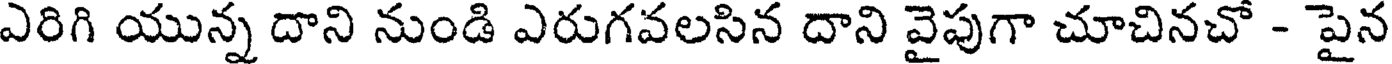
ఎరిగి యున్న దాని నుండి ఎరుగవలసిన దాని వైపుగా చూచినచో - పైన